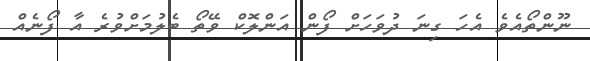
ނޫންތޯއެވެ އެހަ ގިނަ ދުވަހަށް ފޯން އަންލޮކް ވޭތޯ ބެލުމަށްވުރެ އާ ފޯނެއް